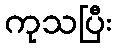
ကုသပြီး